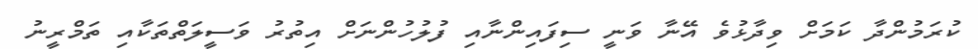
ކުރަމުުންދާ ކަމަށް ވިދާޅުވެ އޭނާ ވަނީ ސިފައިންނާއި ފުލުހުންނަށް އިތުރު ވަސީލަތްތަކާއި ތަމްރީނު